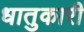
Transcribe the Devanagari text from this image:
धातुकारी